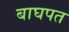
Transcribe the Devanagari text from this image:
बाघपत